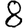
Digit: 8